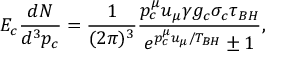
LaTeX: E _ { c } { \frac { d N } { d ^ { 3 } p _ { c } } } = { \frac { 1 } { ( 2 \pi ) ^ { 3 } } } { \frac { p _ { c } ^ { \mu } u _ { \mu } \gamma g _ { c } \sigma _ { c } \tau _ { B H } } { e ^ { p _ { c } ^ { \mu } u _ { \mu } / T _ { B H } } \pm 1 } } ,